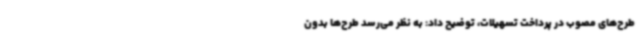
طرح‌های مصوب در پرداخت تسهیلات، توضیح داد: به نظر می‌رسد طرح‌ها بدون